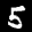
Label: 5